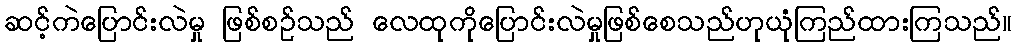
ဆင့်ကဲပြောင်းလဲမှု ဖြစ်စဉ်သည် လေထုကိုပြောင်းလဲမှုဖြစ်စေသည်ဟုယုံကြည်ထားကြသည်။